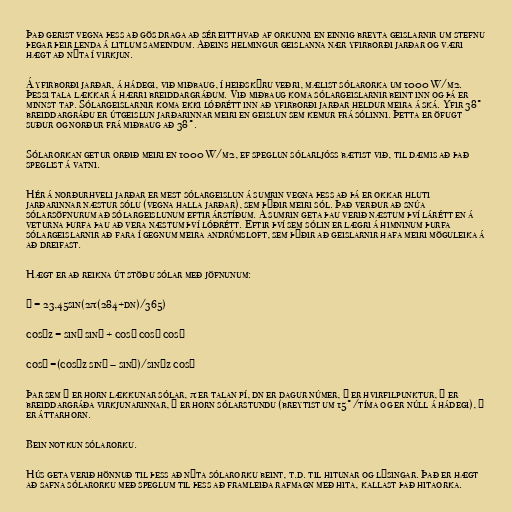
Það gerist vegna þess að gös draga að sér eitthvað af orkunni en einnig breyta geislarnir um stefnu
þegar þeir lenda á litlum sameindum. Aðeins helmingur geislanna nær yfirborði jarðar og væri
hægt að nýta í virkjun.

Á yfirborði jarðar, á hádegi, við miðbaug, í heiðskýru veðri, mælist sólarorka um 1000 W/m2.
Þessi tala lækkar á hærri breiddargráðum. Við miðbaug koma sólargeislarnir beint inn og þá er
minnst tap. Sólargeislarnir koma ekki lóðrétt inn að yfirborði jarðar heldur meira á ská. Yfir 38°
breiddargráðu er útgeislun jarðarinnar meiri en geislun sem kemur frá sólinni. Þetta er öfugt
suður og norður frá miðbaug að 38°.

Sólarorkan getur orðið meiri en 1000 W/m2, ef speglun sólarljóss bætist við, til dæmis að það
speglist á vatni.

Hér á norðurhveli jarðar er mest sólargeislun á sumrin vegna þess að þá er okkar hluti
jarðarinnar næstur sólu (vegna halla jarðar), sem þýðir meiri sól. Það verður að snúa
sólarsöfnurum að sólargeislunum eftir árstíðum. Á sumrin geta þau verið næstum því lárétt en á
veturna þurfa þau að vera næstum því lóðrétt. Eftir því sem sólin er lægri á himninum þurfa
sólargeislarnir að fara í gegnum meira andrúmsloft, sem þýðir að geislarnir hafa meiri möguleika á
að dreifast.

Hægt er að reikna út stöðu sólar með jöfnunum:

δ = 23,45sin(2π(284+dn)/365)

cosθz = sinδ sinφ + cosδ cosφ cosω

cosψ =(cosθz sinφ – sinδ)/sinθz cosφ

Þar sem δ er horn lækkunar sólar, π er talan pí, dn er dagur númer, θ er hvirfilpunktur, φ er
breiddargráða virkjunarinnar, ω er horn sólarstundu (breytist um 15°/tíma og er núll á hádegi), ψ
er áttarhorn.

Bein notkun sólarorku.

Hús geta verið hönnuð til þess að nýta sólarorku beint, t.d. til hitunar og lýsingar. Það er hægt
að safna sólarorku með speglum til þess að framleiða rafmagn með hita, kallast það hitaorka.